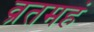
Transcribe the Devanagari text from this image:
व्रतमहं